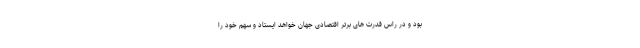
بود و در راس قدرت های برتر اقتصادی جهان خواهد ایستاد و سهم خود را